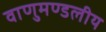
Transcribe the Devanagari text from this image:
वाणुमण्डलीय